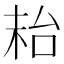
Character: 𱒮